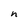
Character: n